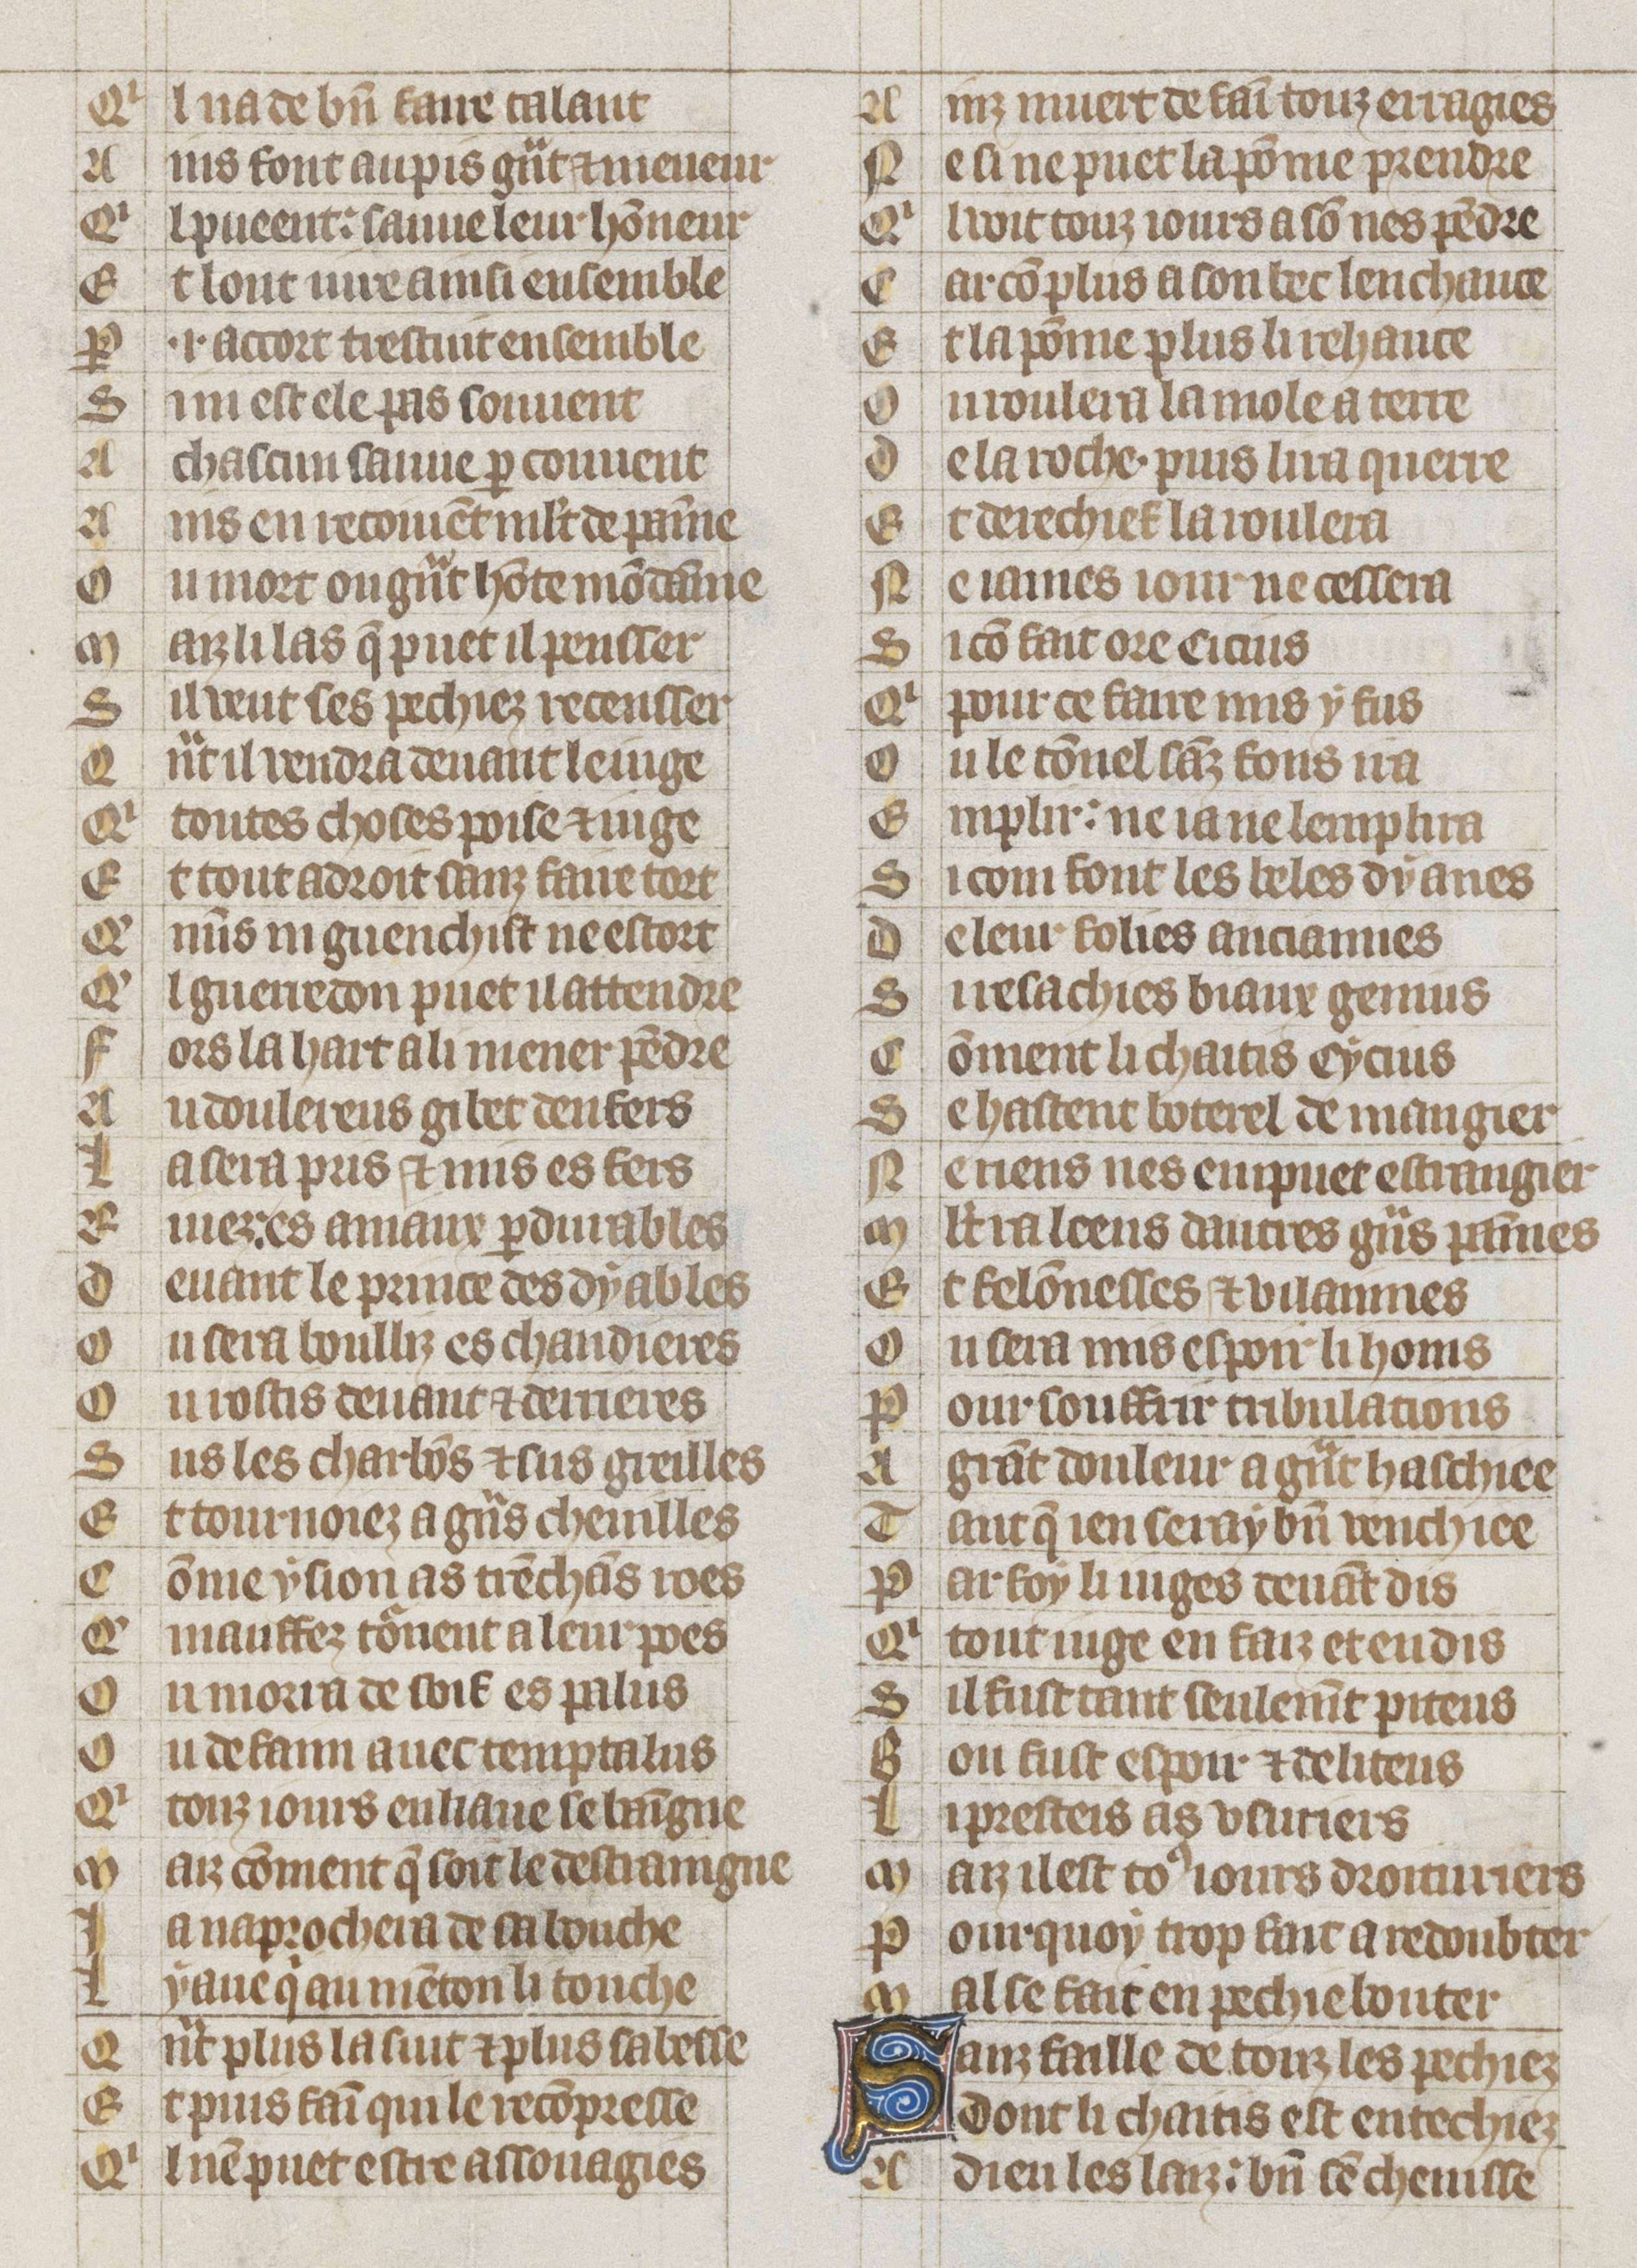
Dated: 1353–1353